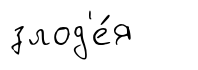
злод'е́я